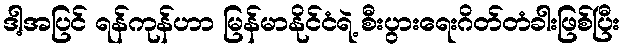
ဒါ့အပြင် ရန်ကုန်ဟာ မြန်မာနိုင်ငံရဲ့ စီးပွားရေးဂိတ်တံခါးဖြစ်ပြီး